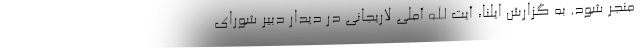
منجر شود. به گزارش ایلنا، آیت الله آملی لاریجانی در دیدار دبیر شورای